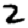
Digit: 2